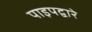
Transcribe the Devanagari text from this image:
पाइपद्वारे